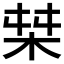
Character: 𱣎